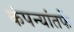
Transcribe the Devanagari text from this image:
कंपन्यांतर्फे